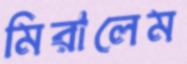
মিরালেম